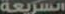
السريعة